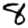
Digit: 8